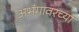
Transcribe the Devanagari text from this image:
अभंगावरच्या